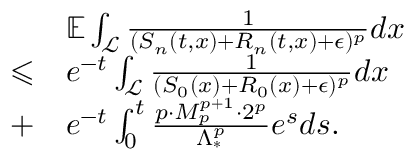
\begin{array} { r l } & { \mathbb { E } \int _ { \mathcal { L } } \frac { 1 } { ( S _ { n } ( t , x ) + R _ { n } ( t , x ) + \epsilon ) ^ { p } } d x } \\ { \leqslant } & { e ^ { - t } \int _ { \mathcal { L } } \frac { 1 } { ( S _ { 0 } ( x ) + R _ { 0 } ( x ) + \epsilon ) ^ { p } } d x } \\ { + } & { e ^ { - t } \int _ { 0 } ^ { t } \frac { p \cdot M _ { p } ^ { p + 1 } \cdot 2 ^ { p } } { \Lambda _ { * } ^ { p } } e ^ { s } d s . } \end{array}